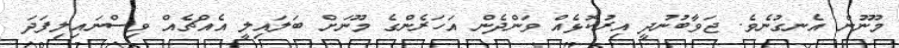
މޫނުން އެނގުނެވެ. ޖަވާބުނުދީ އިރުކޮޅެއް ވަންދެން އަހަރެންގެ މޫނަށް ބަލައިލީ އެއްޗެއް ވިސްނައިލިފަދަ